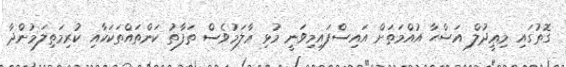
ގޮތުގައި މިޢީދުލް އަޟްޙާ އުއްމަތަށް އައިސްފައިމިވަނީ މުޅި ޢާލަމުވެސް ތަފާތު ކަންތައްތަކަކާއި ކުރިމަތިލަމުންދާ